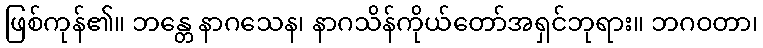
ဖြစ်ကုန်၏။ ဘန္တေ နာဂသေန၊ နာဂသိန်ကိုယ်တော်အရှင်ဘုရား။ ဘဂဝတာ၊